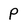
Character: P